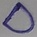
Text: D